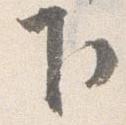
下